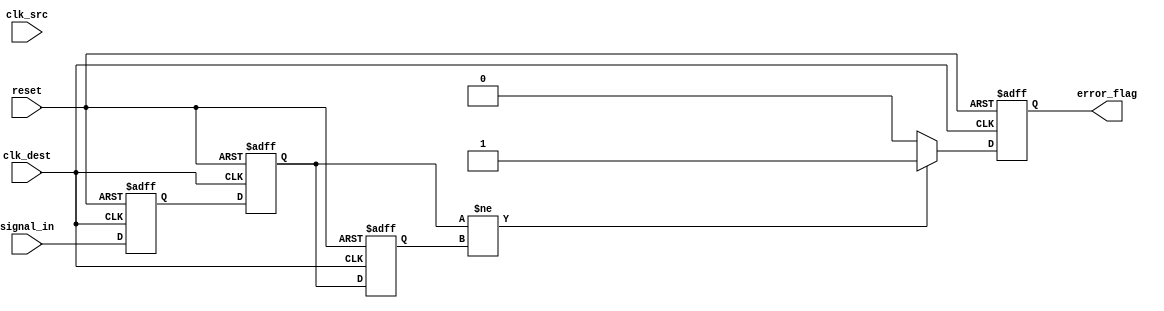
module cdc_detector (
    input wire clk_src,          // Source clock
    input wire clk_dest,         // Destination clock
    input wire reset,            // Asynchronous reset
    input wire signal_in,        // Input signal to monitor
    output reg error_flag        // Error flag output
);

    // Synchronizer registers
    reg signal_sync_1;
    reg signal_sync_2;

    // Previous state for edge detection
    reg signal_prev;

    // Asynchronous reset logic
    always @(posedge clk_dest or posedge reset) begin
        if (reset) begin
            signal_sync_1 <= 1'b0;
            signal_sync_2 <= 1'b0;
            error_flag <= 1'b0;
            signal_prev <= 1'b0;
        end else begin
            // Sample the input signal from the source clock domain
            signal_sync_1 <= signal_in; // First stage of synchronization
            signal_sync_2 <= signal_sync_1; // Second stage of synchronization

            // Edge detection logic
            if (signal_sync_2 != signal_prev) begin
                error_flag <= 1'b1; // Transition detected, set error flag
            end else begin
                error_flag <= 1'b0; // No transition, clear error flag
            end

            // Update previous state
            signal_prev <= signal_sync_2;
        end
    end

endmodule